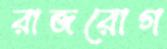
রাজরোগ